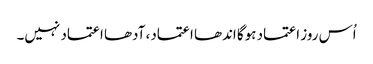
اُس روز اعتماد ہوگا اندھا اعتماد، آدھا اعتماد نہیں۔